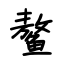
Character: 鳌